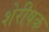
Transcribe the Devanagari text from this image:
शेरीषक